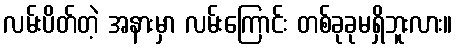
လမ်းပိတ်တဲ့ အနားမှာ လမ်းကြောင်း တစ်ခုခုမရှိဘူးလား။